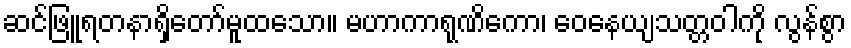
ဆင်ဖြူရတနာရှိတော်မူထသော။ မဟာကာရုဏိကော၊ ဝေနေယျသတ္တဝါကို လွန်စွာ